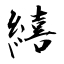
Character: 繥